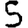
Digit: 5